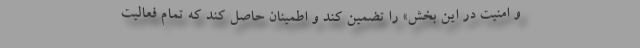
و امنیت در این بخش» را تضمین کند و اطمینان حاصل کند که تمام فعالیت